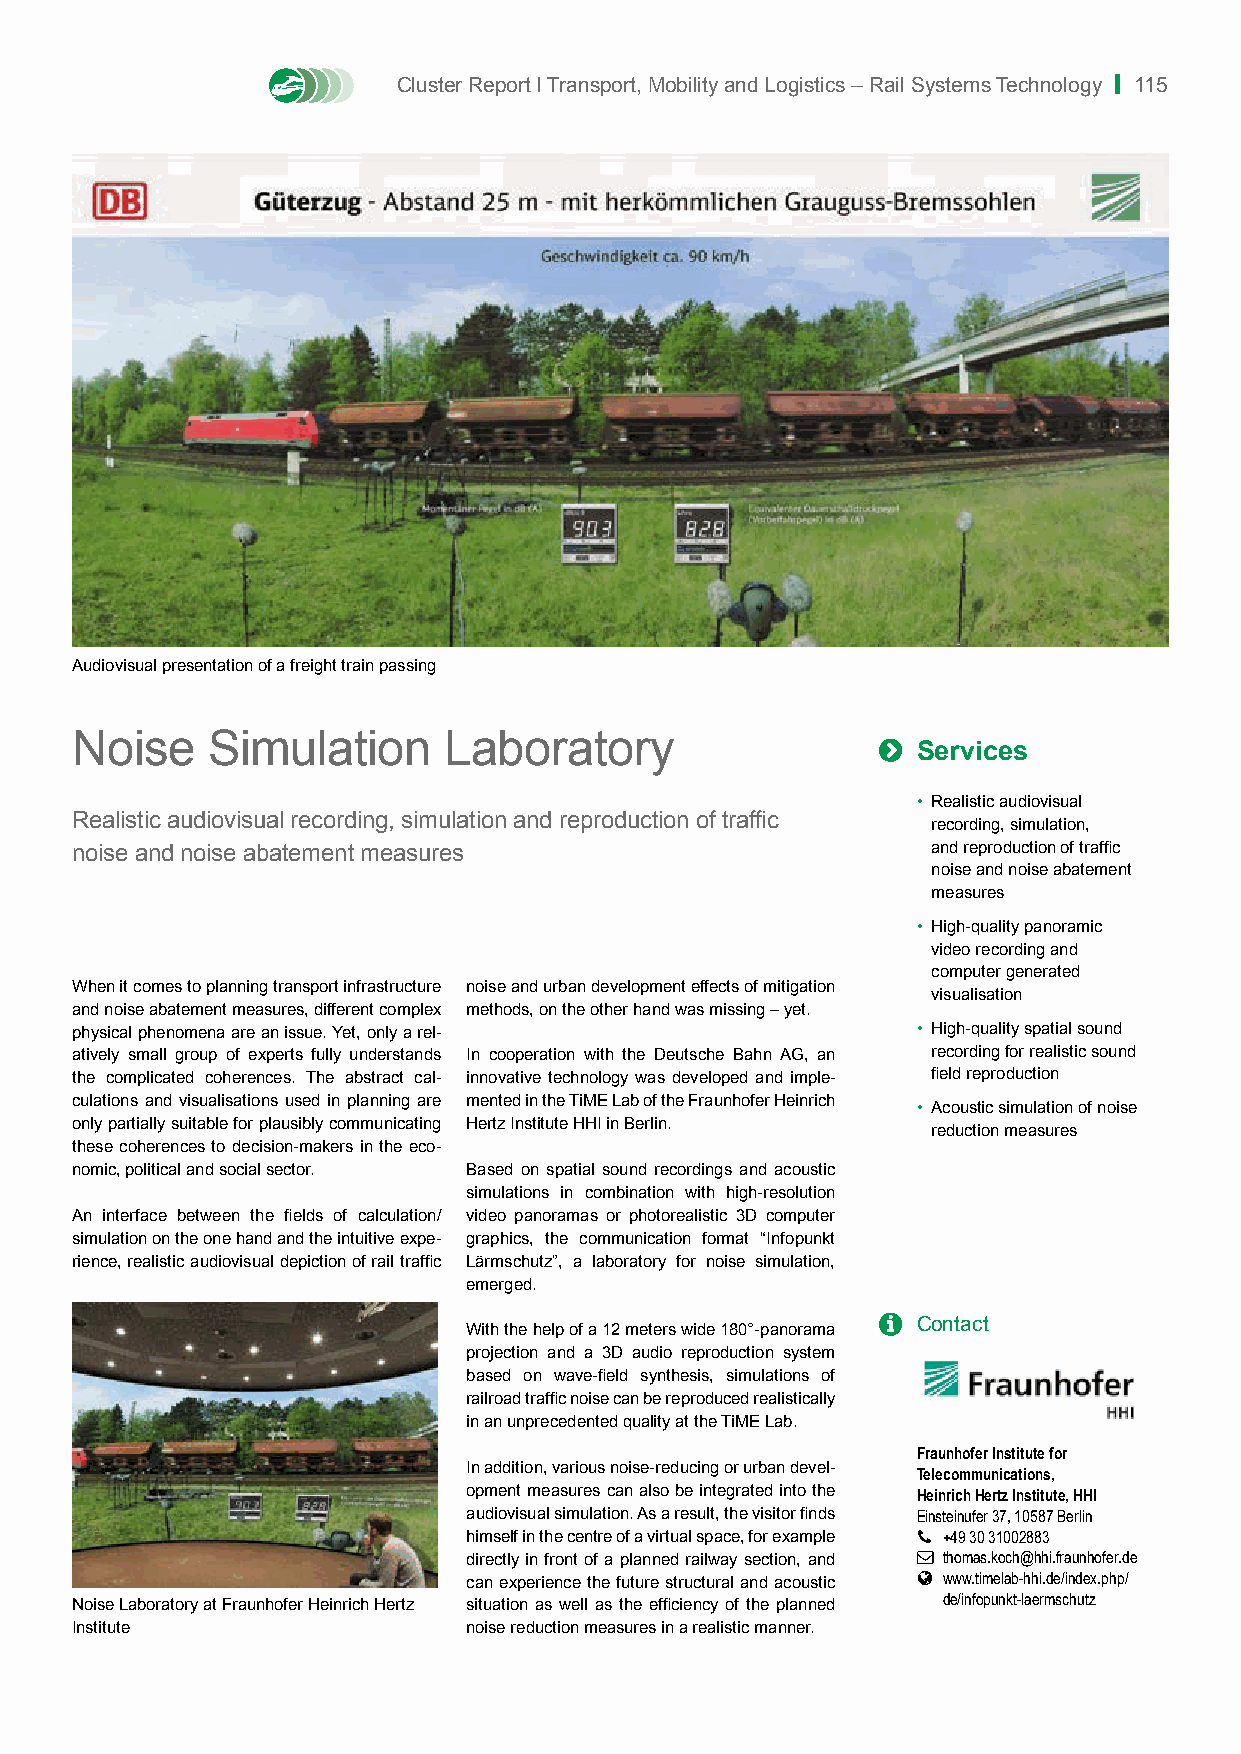
Cluster Report I Transport, Mobility and Logistics – Rail Systems Technology | 115
 Audiovisual presentation of a freight train passing
 Noise    Simulation     Laboratory                   
 Services
 • Realistic audiovisual
 Realistic audiovisual recording, simulation and reproduction of traffic
 recording, simulation,
 noise and noise abatement measures                       and reproduction of traffic
 noise and noise abatement
 measures
 • High-quality panoramic
 video recording and
 computer generated
 When it comes to planning transport infrastructure noise and urban development effects of mitigation
 visualisation
 and noise abatement measures, different complex methods, on the other hand was missing – yet.
 physical phenomena are an issue. Yet, only a rel-       • High-quality spatial sound
 atively small group of experts fully understands In cooperation with the Deutsche Bahn AG, an recording for realistic sound
 the complicated coherences. The abstract cal- innovative technology was developed and imple- field reproduction
 culations and visualisations used in planning are mented in the TiME Lab of the Fraunhofer Heinrich
 • Acoustic simulation of noise
 only partially suitable for plausibly communicating Hertz Institute HHI in Berlin.
 reduction measures
 these coherences to decision-makers in the eco-
 nomic, political and social sector. Based on spatial sound recordings and acoustic
 simulations in combination with high-resolution
 An interface between the fields of calculation/ video panoramas or photorealistic 3D computer
 simulation on the one hand and the intuitive expe- graphics, the communication format “Infopunkt
 rience, realistic audiovisual depiction of rail traffic Lärmschutz”, a laboratory for noise simulation,
 emerged.
   Contact
 With the help of a 12 meters wide 180°-panorama
 projection and a 3D audio reproduction system
 based on wave-field synthesis, simulations of
 railroad traffic noise can be reproduced realistically
 in an unprecedented quality at the TiME Lab.
 Fraunhofer Institute for
 In addition, various noise-reducing or urban devel- Telecommunications,
 opment measures can also be integrated into the Heinrich Hertz Institute, HHI
 audiovisual simulation. As a result, the visitor finds Einsteinufer 37, 10587 Berlin
 himself in the centre of a virtual space, for example  +49 30 31002883
 directly in front of a planned railway section, and  thomas.koch@hhi.fraunhofer.de
 can experience the future structural and acoustic  www.timelab-hhi.de/index.php/
 de/infopunkt-laermschutz
 Noise Laboratory at Fraunhofer Heinrich Hertz situation as well as the efficiency of the planned
 Institute                 noise reduction measures in a realistic manner.